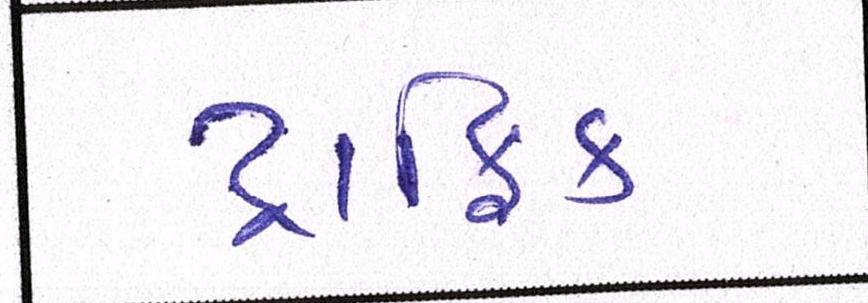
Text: ટ્રાફિક